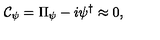
{ \cal C } _ { \psi } = \Pi _ { \psi } - i \psi ^ { \dagger } \approx 0 ,